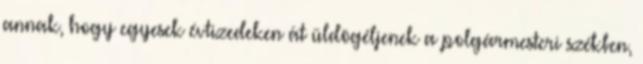
annak, hogy egyesek évtizedeken át üldögéljenek a polgármesteri székben,